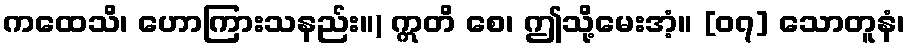
ကထေသိ၊ ဟောကြားသနည်း။) ဣတိ စေ၊ ဤသို့မေးအံ့။ [၀၇] သောတူနံ၊